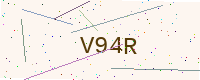
Text: V94R